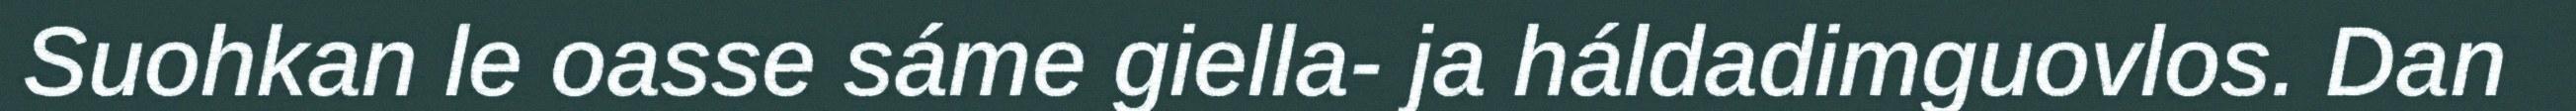
Suohkan le oasse sáme giella- ja háldadimguovlos. Dan